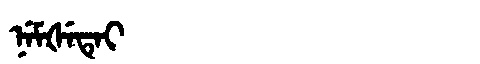
Manchu: ᠨᡝᠮᡧᡝᡨᡝᡳ
Romanization: NEMŠETEI